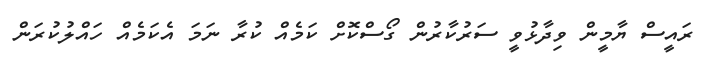
ރައީސް ޔާމީން ވިދާޅުވީ ސަރުކާރުން ގޯސްކޮށް ކަމެއް ކުރާ ނަމަ އެކަމެއް ހައްލުކުރަން